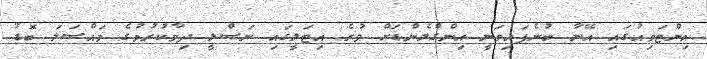
އިންޓަވިއުގައި އޭނާ ބުނެފައިވަނީ އިންގްލެންޑަށް ވުރެ އިޓަލީގައި ނަސްލީ ދިމާކުރުމުގެ މައްސަލަ ބޮޑު